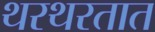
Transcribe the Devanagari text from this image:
थरथरतात